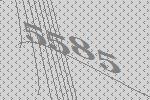
5585